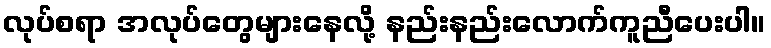
လုပ်စရာ အလုပ်တွေများနေလို့ နည်းနည်းလောက်ကူညီပေးပါ။